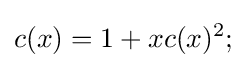
c(x)=1+xc(x)^{2};